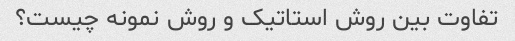
تفاوت بین روش استاتیک و روش نمونه چیست؟